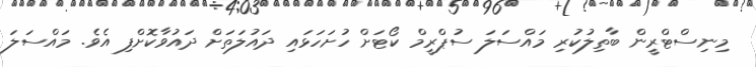
މިނިސްޓްރީން ބާތިލުކުރި މައްސަލަ ސުޕްރީމް ކޯޓަށް ހުށަހަޅައި ދައުލަތަށް ދައުވާކޮށްފި އެވެ. މައްސަލަ